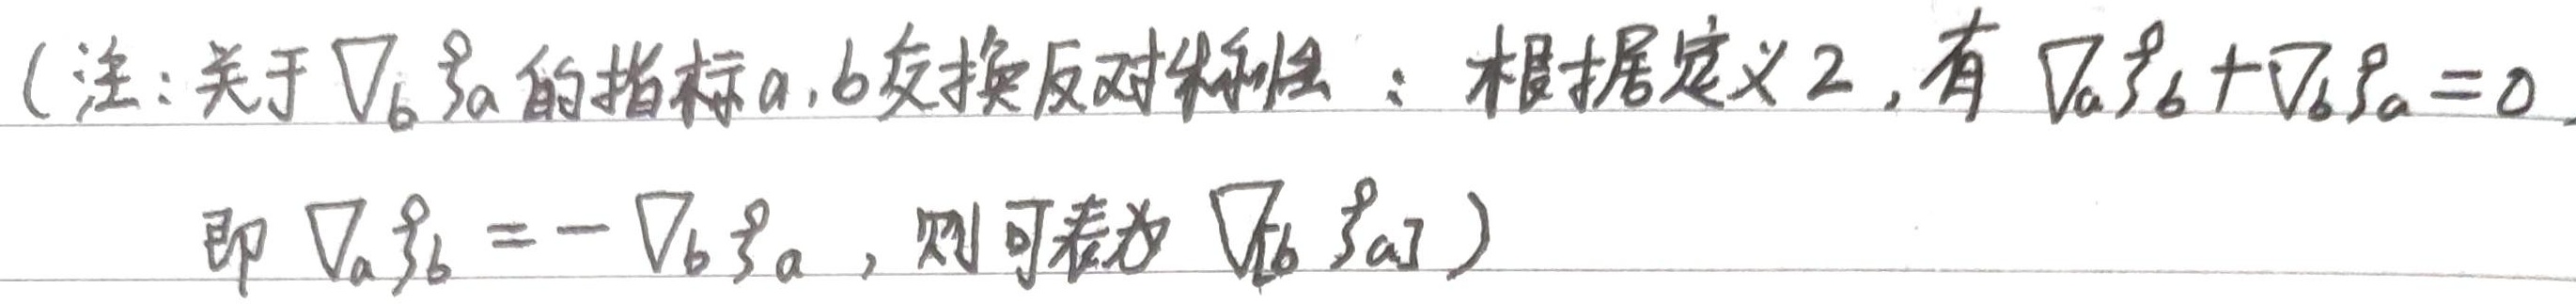
（注：关于 $\nabla_{b}\xi_{a}$ 的指标 $a,b$ 交换反对称性：根据定义 2，有
\[
\nabla_{a}\xi_{b}+\nabla_{b}\xi_{a}=0
\]
即 $\nabla_{a}\xi_{b}=-\nabla_{b}\xi_{a}$，则可表为 $\nabla_{[b}\xi_{a]}$）